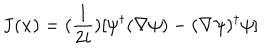
LaTeX: { \bf { J } } ( { \bf { x } } ) = ( \frac { 1 } { 2 i } ) [ \psi ^ { \dagger } ( \nabla \psi ) - ( \nabla \psi ) ^ { \dagger } \psi ]